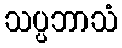
သပ္ပဘာသံ